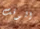
الوقت